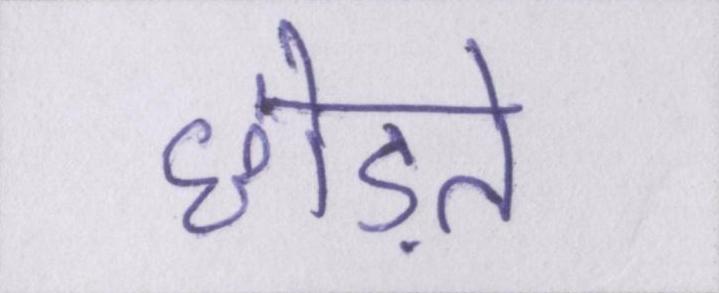
छोड़ते